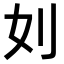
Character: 𠚰